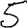
Digit: 5